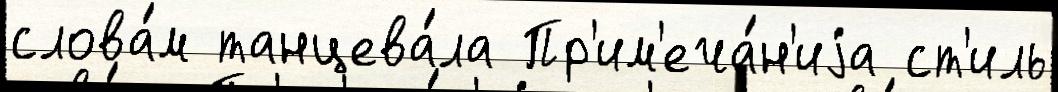
слова́м танцева́ла Пр'им'еча́н'иjа ст'иль